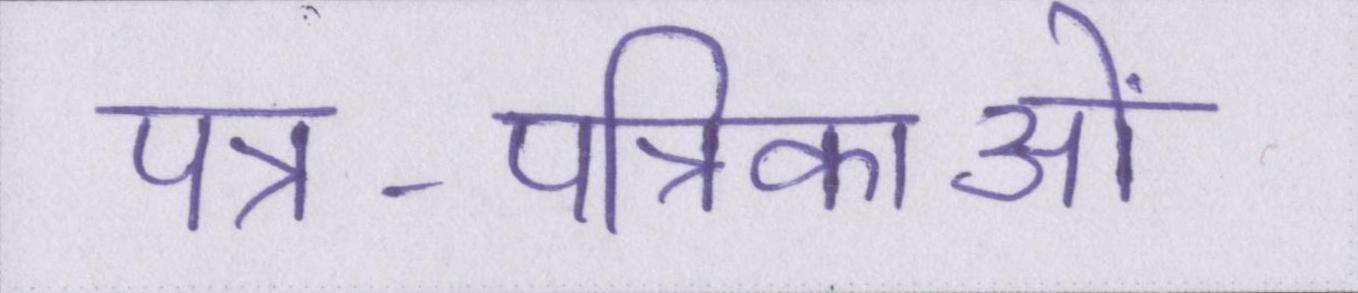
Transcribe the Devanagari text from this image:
पत्र-पत्रिकाओं